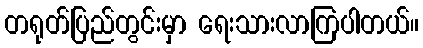
တရုတ်ပြည်တွင်းမှာ ရေးသားလာကြပါတယ်။